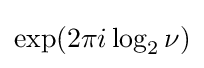
{\textstyle \exp(2\pi i\log _{2}\nu )}